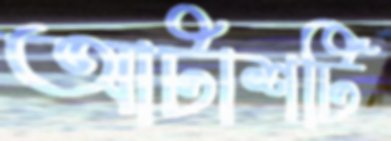
আটাশটি